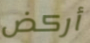
أركض